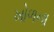
ખોળના